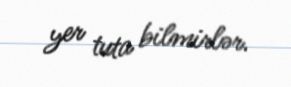
yer tuta bilmirlər.